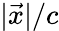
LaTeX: |\vec{x}|/c